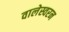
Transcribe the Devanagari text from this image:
वालेस्वरन